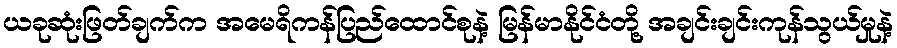
ယခုဆုံးဖြတ်ချက်က အမေရိကန်ပြည်ထောင်စုနဲ့ မြန်မာနိုင်ငံတို့ အချင်းချင်းကုန်သွယ်မှုနဲ့